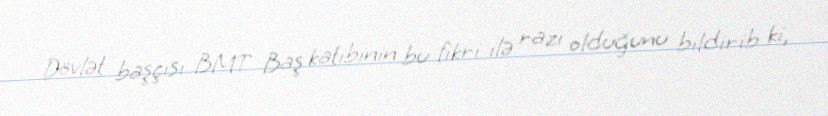
Dövlət başçısı BMT Baş katibinin bu fikri ilə razı olduğunu bildirib ki,